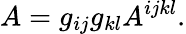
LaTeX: A=g_{ij}g_{kl}A^{ijkl}.